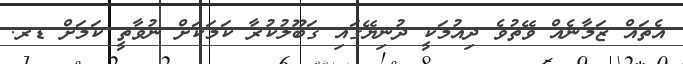
އެތައް ޒަމާނެއް ވޭތުވެ ދިއުމަކީ ދުނިޔޭގައި ގަބޫލުކުރާ ކަމަކަށް ނުވާތީ ކަމަށް ޑރ.